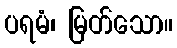
ပရမံ၊ မြတ်သော။